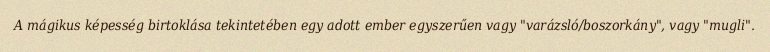
A mágikus képesség birtoklása tekintetében egy adott ember egyszerűen vagy "varázsló/boszorkány", vagy "mugli".